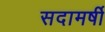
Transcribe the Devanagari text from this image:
सदामर्षी